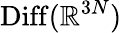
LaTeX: \operatorname{Diff}(\mathbb{R}^{3N})